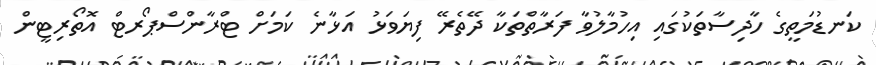
ކަނޑުމަތީގެ ހާދިސާތަކުގައި އިހުމާލުވާ ފަރާތްތަކާ ދޭތެރޭ ފިޔަވަޅު އަޅާނެ ކަމަށް ޓްރާންސްޕޯރޓް އޮތޯރިޓީން